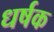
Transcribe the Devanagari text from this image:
धर्षक